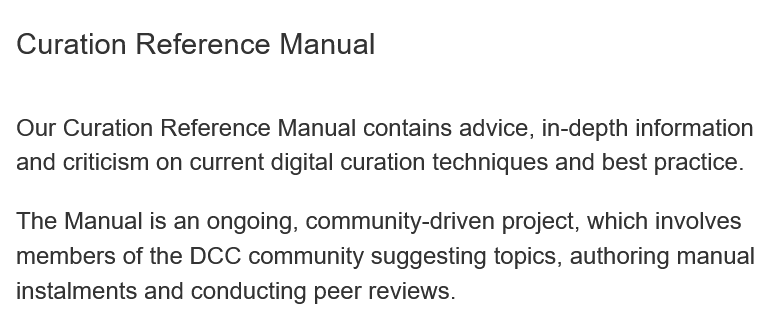
Curation  Reference   Manual
  The Manual is an ongoing, community-driven project, which involves
  members of the DCC  community suggesting topics, authoring manua
  instalments and conducting peer reviews.
  Our Curation Reference Manual contains advice, in-depth information
  and criticism on current digital curation techniques and best practice.